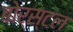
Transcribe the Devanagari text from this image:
बोर्स्टल